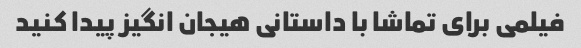
فیلمی برای تماشا با داستانی هیجان انگیز پیدا کنید